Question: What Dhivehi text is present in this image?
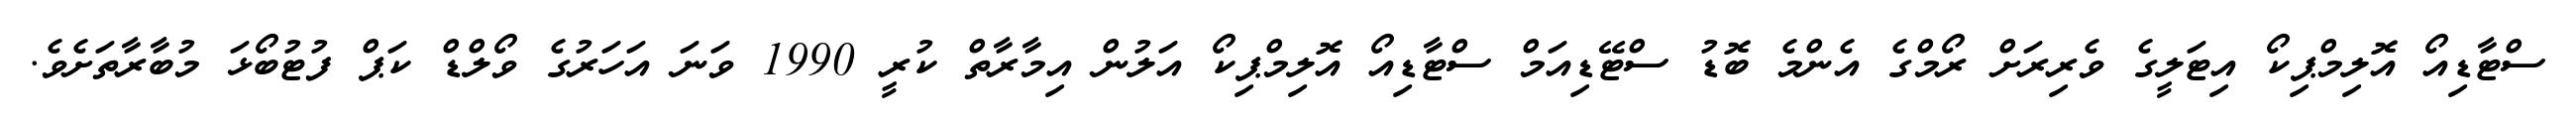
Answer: ސްޓާޑިއޯ އޮލިމްޕިކޯ އިޓަލީގެ ވެރިރަށް ރޯމްގެ އެންމެ ބޮޑު ސްޓޭޑިއަމް ސްޓާޑިއޯ އޮލިމްޕިކޯ އަލުން އިމާރާތް ކުރީ 1990 ވަނަ އަހަރުގެ ވޯލްޑް ކަޕް ފުޓުބޯޅަ މުބާރާތަށެވެ.